Report on the bubonic plague in Bombay, 1896-1897
Year: 1896
Disease focus: Plague
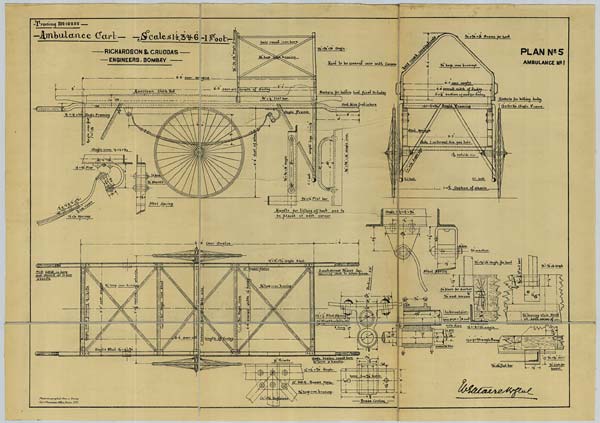
PLAN No. 5
AMBULANCE No. 1